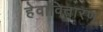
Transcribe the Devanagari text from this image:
हेवावितारण